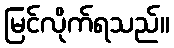
မြင်လိုက်ရသည်။